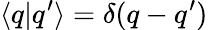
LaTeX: \langle q|q^{\prime}\rangle=\delta(q-q^{\prime})